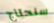
سنحتاج